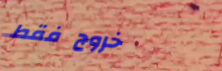
خروج فقط